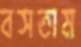
বসতাম